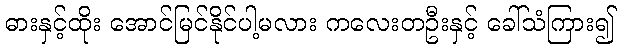
ဓားနှင့်ထိုး အောင်မြင်နိုင်ပါ့မလား ကလေးတဦးနှင့် ခေါ်သံကြား၍